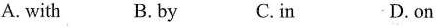
A. with B.by C.in D.on